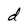
Character: d